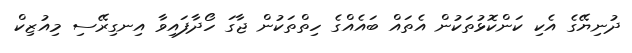
ދުނިޔޭގެ އެކި ކަންކޮޅުތަކުން އެތައް ބައެއްގެ ހިތްތަކުން ޖާގަ ހޯދާފައިވާ އިނގިރޭސި މިއުޒިކް